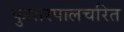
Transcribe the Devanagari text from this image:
कुमारपालचरित